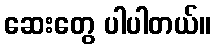
ဆေးတွေ ပါပါတယ်။